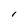
Character: I